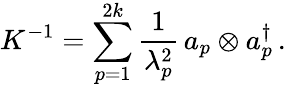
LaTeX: K^{-1}=\sum_{p=1}^{2k}{\frac{1}{\lambda_{p}^{2}}}\, a_{p}\otimes a_{p}^{\dagger}\, .